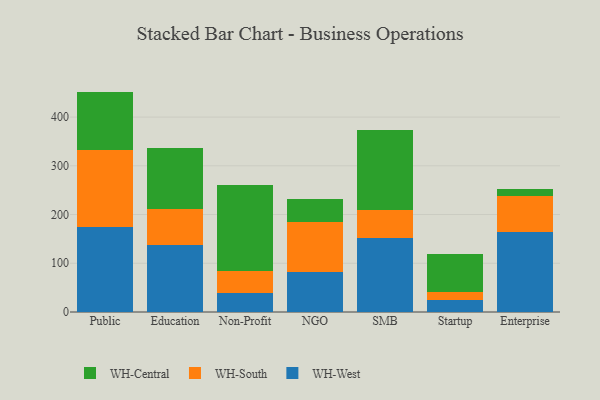
{"axis": {"x": "Segment", "y": "Bounce Rate (%)"}, "legend": ["WH-Central", "WH-South", "WH-West"], "data": [{"x": "Public", "y": 174.6, "type": "WH-West"}, {"x": "Public", "y": 158.7, "type": "WH-South"}, {"x": "Public", "y": 119.0, "type": "WH-Central"}, {"x": "Education", "y": 138.3, "type": "WH-West"}, {"x": "Education", "y": 72.1, "type": "WH-South"}, {"x": "Education", "y": 125.6, "type": "WH-Central"}, {"x": "Non-Profit", "y": 38.2, "type": "WH-West"}, {"x": "Non-Profit", "y": 46.7, "type": "WH-South"}, {"x": "Non-Profit", "y": 176.3, "type": "WH-Central"}, {"x": "NGO", "y": 82.5, "type": "WH-West"}, {"x": "NGO", "y": 102.1, "type": "WH-South"}, {"x": "NGO", "y": 47.3, "type": "WH-Central"}, {"x": "SMB", "y": 151.6, "type": "WH-West"}, {"x": "SMB", "y": 56.9, "type": "WH-South"}, {"x": "SMB", "y": 165.4, "type": "WH-Central"}, {"x": "Startup", "y": 23.7, "type": "WH-West"}, {"x": "Startup", "y": 17.2, "type": "WH-South"}, {"x": "Startup", "y": 77.2, "type": "WH-Central"}, {"x": "Enterprise", "y": 163.3, "type": "WH-West"}, {"x": "Enterprise", "y": 75.7, "type": "WH-South"}, {"x": "Enterprise", "y": 13.4, "type": "WH-Central"}]}